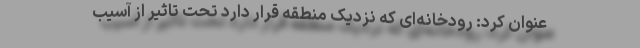
عنوان کرد: رودخانه‌ای که نزدیک منطقه قرار دارد تحت تاثیر از آسیب